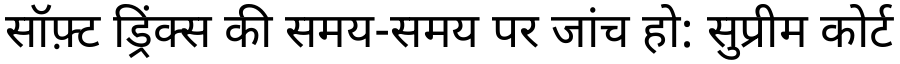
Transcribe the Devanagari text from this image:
सॉफ़्ट ड्रिंक्स की समय-समय पर जांच हो: सुप्रीम कोर्ट